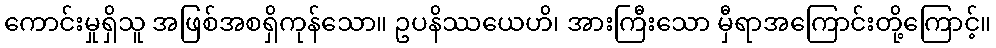
ကောင်းမှုရှိသူ အဖြစ်အစရှိကုန်သော။ ဥပနိဿယေဟိ၊ အားကြီးသော မှီရာအကြောင်းတို့ကြောင့်။